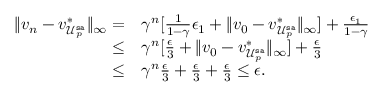
\begin{array} { r l } { \lVert v _ { n } - v _ { \mathcal { U } _ { p } ^ { \mathtt { s a } } } ^ { * } \rVert _ { \infty } = } & { \gamma ^ { n } [ \frac { 1 } { 1 - \gamma } \epsilon _ { 1 } + \lVert v _ { 0 } - v _ { \mathcal { U } _ { p } ^ { \mathtt { s a } } } ^ { * } \rVert _ { \infty } ] + \frac { \epsilon _ { 1 } } { 1 - \gamma } } \\ { \leq } & { \gamma ^ { n } [ \frac { \epsilon } { 3 } + \lVert v _ { 0 } - v _ { \mathcal { U } _ { p } ^ { \mathtt { s a } } } ^ { * } \rVert _ { \infty } ] + \frac { \epsilon } { 3 } } \\ { \leq } & { \gamma ^ { n } \frac { \epsilon } { 3 } + \frac { \epsilon } { 3 } + \frac { \epsilon } { 3 } \leq \epsilon . } \end{array}